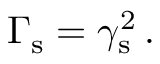
\Gamma _ { \mathrm { s } } = \gamma _ { \mathrm { s } } ^ { 2 } \, .